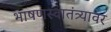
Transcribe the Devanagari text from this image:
भाषणस्वातंत्र्यावर